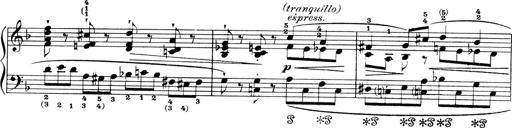
Title: 4 Sonatines
Composer: Max Reger